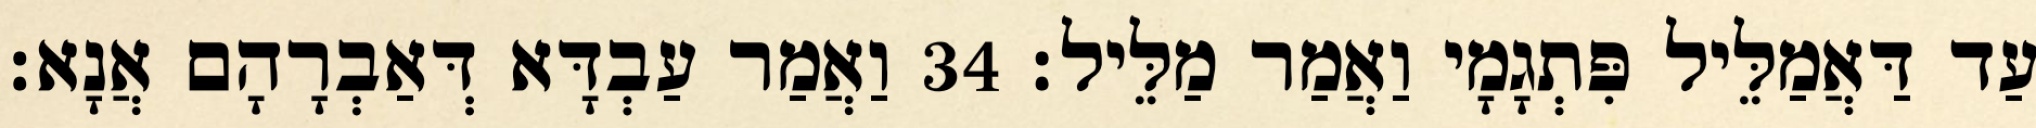
עַד דַּאֲמַלֵּיל פִּתְגָמָי וַאֲמַר מַלֵּיל׃ 34 וַאֲמַר עַבְדָּא דְּאַבְרָהָם אֲנָא׃